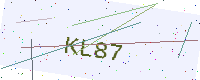
Text: KL87